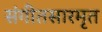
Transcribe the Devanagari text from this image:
संगीतसारमृत